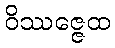
ဝိဿဇ္ဇေထ